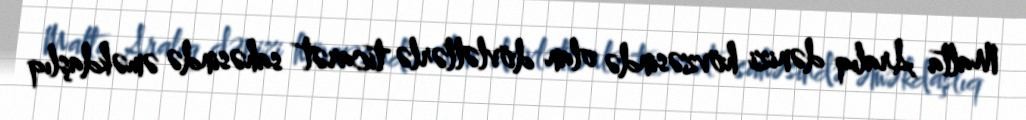
Malta Aralıq dənizi hövzəsində olan dövlətlərlə ticarət sahəsində əməkdaşlıq